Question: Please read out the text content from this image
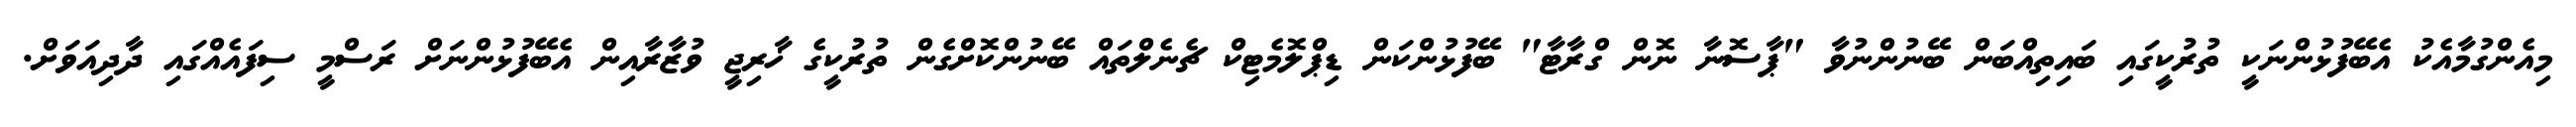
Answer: މިއެންގުމާއެކު އެބޭފުޅުންނަކީ ތުރުކީގައި ބައިތިއްބަން ބޭނުންނުވާ "ޕާސޮނާ ނޮން ގްރާޓާ" ބޭފުޅުންކަން ޑިޕްލޮމެޓިކް ޗެނެލްތައް ބޭނުންކޮށްގެން ތުރުކީގެ ޚާރިޖީ ވުޒާރާއިން އެބޭފުޅުންނަށް ރަސްމީ ސިފައެއްގައި ދާދިއަވަށް.